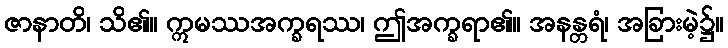
ဇာနာတိ၊ သိ၏။ ဣမဿအက္ခရဿ၊ ဤအက္ခရာ၏။ အနန္တရံ၊ အခြားမဲ့၌။